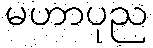
မဟာပုည